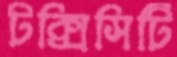
টক্সিসিটি